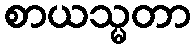
စာယသ္မတာ